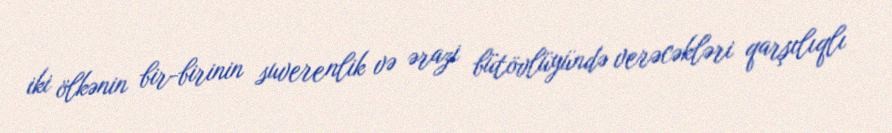
iki ölkənin bir-birinin suverenlik və ərazi bütövlüyündə verəcəkləri qarşılıqlı